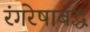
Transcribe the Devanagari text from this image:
रंगरेषाबद्ध